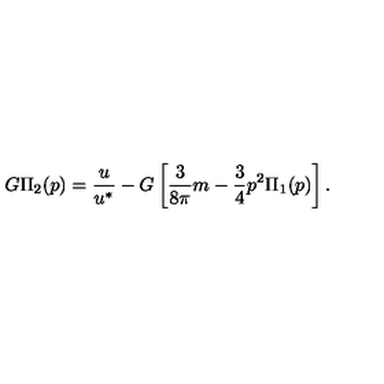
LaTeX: G \Pi _ { 2 } ( p ) = \frac { u } { u ^ { * } } - G \left[ \frac { 3 } { 8 \pi } m - \frac { 3 } { 4 } p ^ { 2 } \Pi _ { 1 } ( p ) \right] .